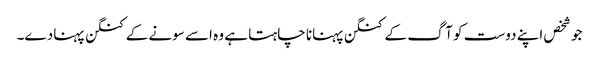
جو شخص اپنے دوست کو آگ کے کنگن پہنانا چاہتا ہے وہ اسے سونے کے کنگن پہنا دے۔